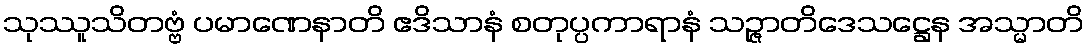
သုဿူသိတဗ္ဗံ ပမာဏေနာတိ ဧဒိသာနံ စတုပ္ပကာရာနံ သဉ္ဇာတိဒေသဋ္ဌေန အသ္မာတိ